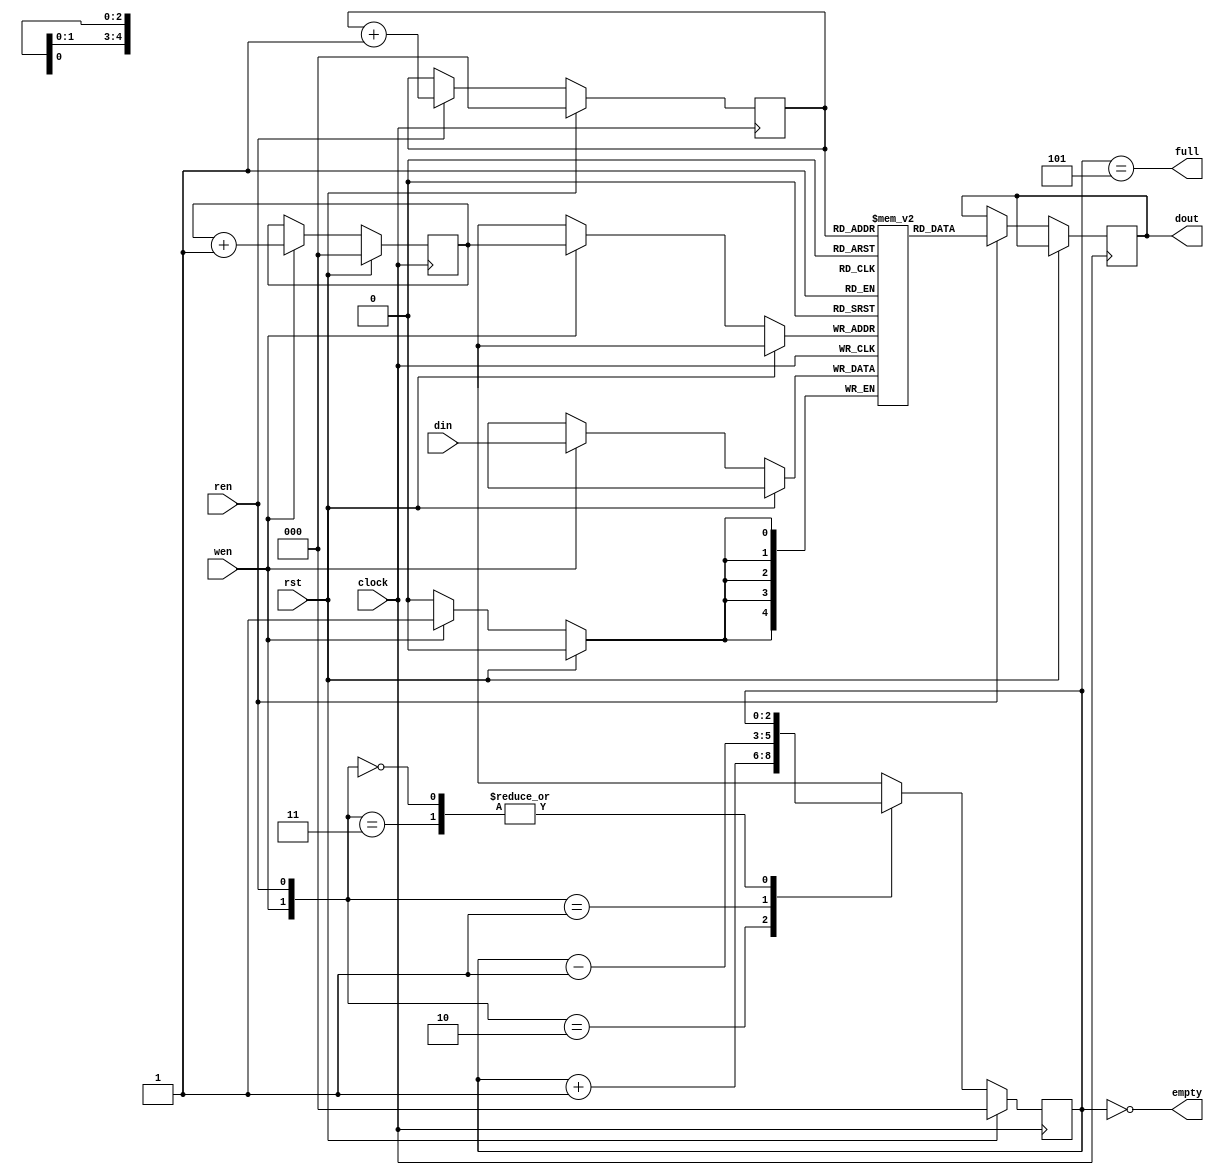
module fifo_sync(
    output full,empty,
    output reg [4:0]dout,
    input [4:0]din,
    input wen,ren,rst,clock
);
reg [2:0]wptr,rptr;
reg [2:0]count;
reg [4:0]mem[0:4];

// Full and Empty
assign full=(count==5);
assign empty=(count==0);

// Write only
always @(posedge clock)
begin
    if(rst) wptr<='d0;
    else if(wen)
    begin
        mem[wptr]<=din;
        wptr<=wptr+1;
    end
end

// Read only
always @(posedge clock)
begin
    if(rst) rptr<='d0;
    else if(ren)
    begin
        dout<=mem[rptr];
        rptr<=rptr+1;
    end
end

// Count updation
always @(posedge clock)
begin
    if(rst) count<='d0;
    else
    begin
        case({wen,ren})
        2'b10:count<=count+1;
        2'b01:count<=count-1;
        2'b11:count<=count;
        2'b00:count<=count;
        default:count<=count;
        endcase
    end
end
endmodule